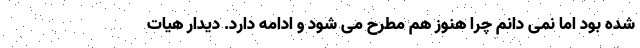
شده بود اما نمی دانم چرا هنوز هم مطرح می شود و ادامه دارد. دیدار هیات